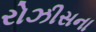
રોઝીસના